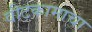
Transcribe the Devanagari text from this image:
वीटकामाचा